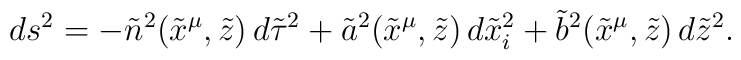
ds^2 = -{\tilde n}^2 ({\tilde x}^\mu, {\tilde z}) \, d{\tilde \tau}^2+ {\tilde a}^2 ({\tilde x}^\mu, {\tilde z}) \, d{\tilde x}^2_i+ {\tilde b}^2 ({\tilde x}^\mu, {\tilde z}) \, d{\tilde z}^2 .